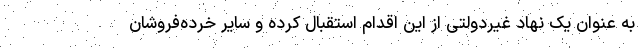
به عنوان یک نهاد غیردولتی از این اقدام استقبال کرده و سایر خرده‌فروشان